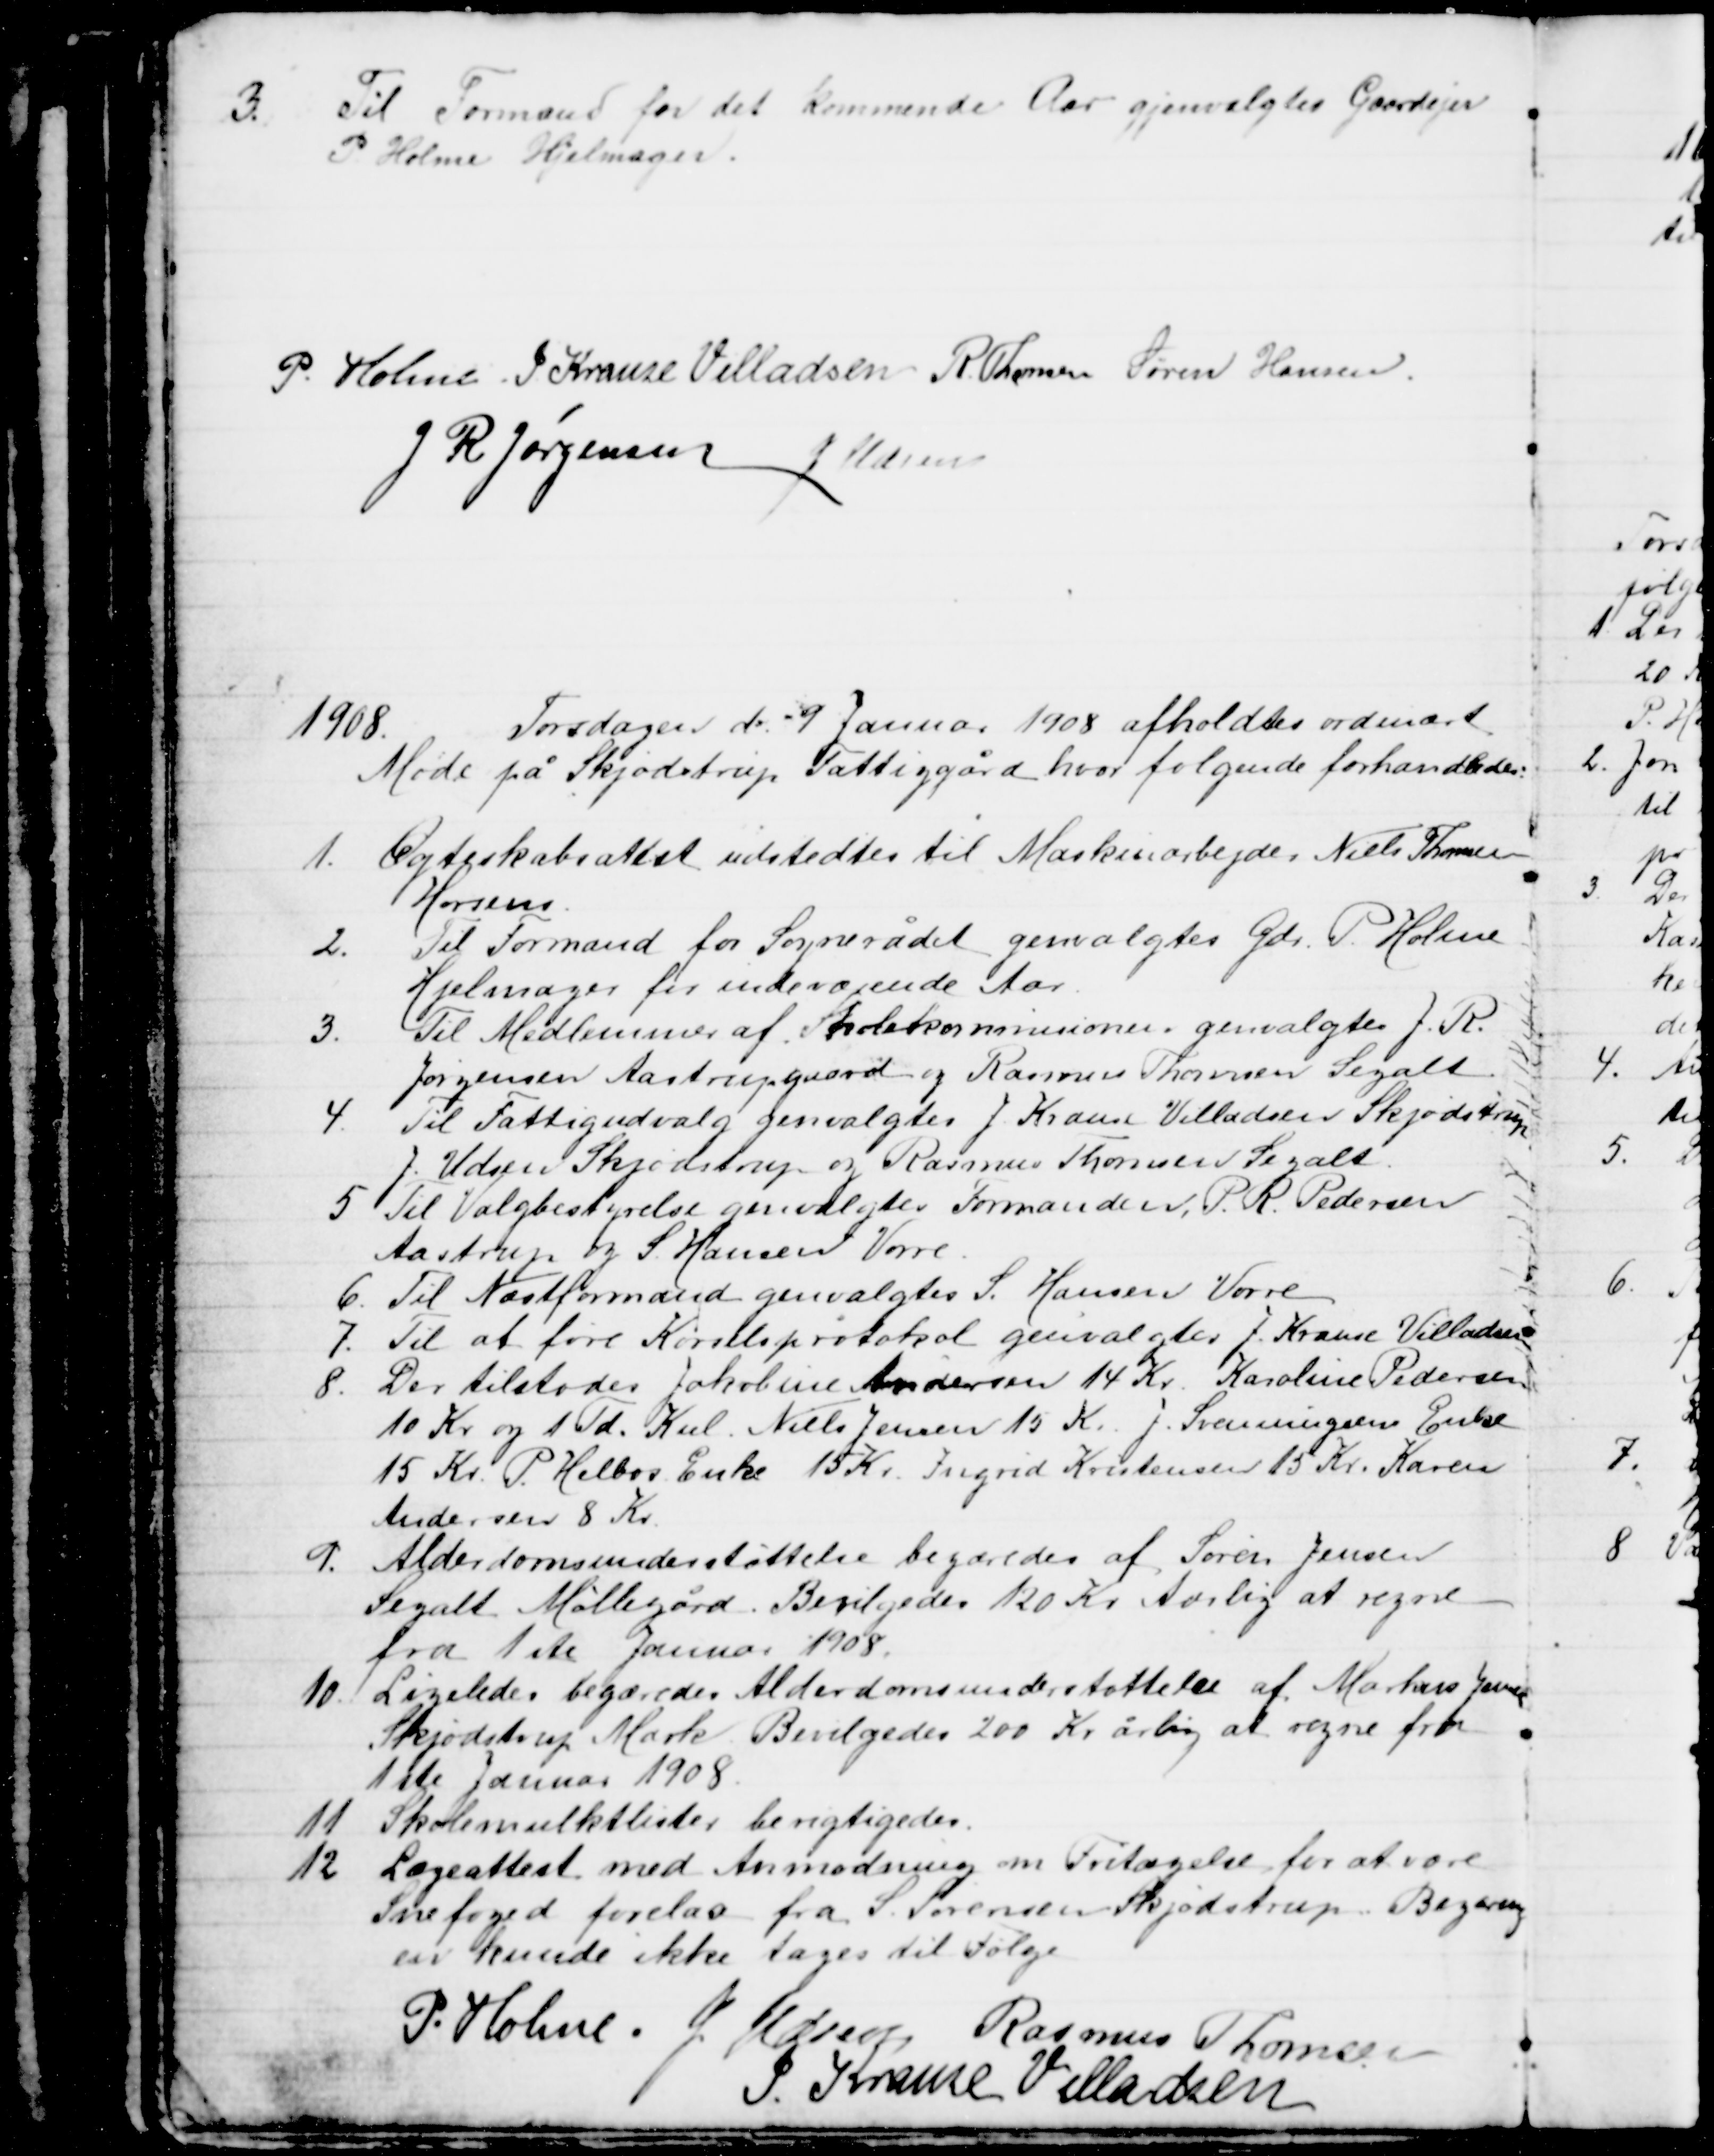
Transskription:
3.
Til Formand for det kommende Aar gjenvalgtes Gaardejer
P. Holme Hjelmager.
P. Holme J. Krause Villadsen R. Thomsen Søren Hansen
J R Jørgensen J Udsen
1908.
Torsdagen d. 9 Januar 1908 afholdtes ordinært
Møde på Skjødstrup Fattiggård, hvor følgende forhandledes:
1. Ægteskabsatest udstedtes til Maskinarbejder Niels Thomsen
Horsens
2.
Til Formand for Sognerådet genvalgtes Gdr. P. Holme
Hjelmager for indeværende Aar
3.
Til Medlemmer af Skolekommisionen genvalgtes J. R.
Jørgensen Aastrupgaard og Rasmus Thomsen Segalt
4.
Til Fattigudvalg genvalgtes J. Krause Villadsen Skjødstrup
J. Udsen Skjødstrup og Rasmus Thomsen Segalt.
5. Til Valgbestyrelse genvalgtes Formanden, P. R. Pedersen
Aastrup og S. Hansen Vorre.
6. Til Næstformand genvalgtes S. Hansen Vorre
7. Til at føre Kørselsprotokol genvalgtes J. Krause Villadsen
8. Der tilstodes Jakobine Andersen 14 Kr. Karoline Pedersen
10 Kr og 1 Td. Kul. Niels Jensen 15 Kr. J. Svenningsens Enke
15 Kr. P. Helbos Enke 15 Kr. Ingrid Kristensen 15 Kr. Karen
Andersen 8 Kr.
9.
Alderdomsunderstøttelse begæredes af Søren Jensen
Segalt Møllegård. Bevilgedes 120 Kr Aarlig at regne
fra 1ste Januar 1908.
10.
Ligeledes begæredes Alderdomsunderstøttelse af Markus Jensen
Skjødstrup Mark Bevilgedes 200 Kr årlig at regne fra
1ste Januar 1908.
11
Skolemulktlister berigtigedes.
12 Lægeattest med Anmodning om Fritagelse for at være
Snefoged forelaa fra S. Sørensen Skjødstrup. Begæring
en kunde ikke tages til Følge
P. Holme. J. Udsen Rasmus Thomsen
J. Krause Villadsen